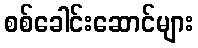
စစ်ခေါင်းဆောင်များ